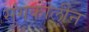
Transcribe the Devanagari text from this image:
सुंगकालीन